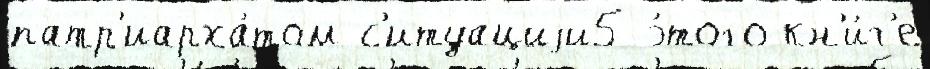
патр'иарха́том с'итуациjи5 э́того кн'и́г'е